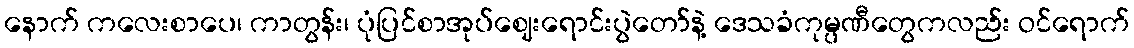
နောက် ကလေးစာပေ၊ ကာတွန်း၊ ပုံပြင်စာအုပ်ဈေးရောင်းပွဲတော်နဲ့ ဒေသခံကုမ္ပဏီတွေကလည်း ဝင်ရောက်